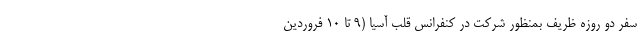
سفر دو روزه ظریف بمنظور شرکت در کنفرانس قلب آسیا (۹ تا ۱۰ فروردین